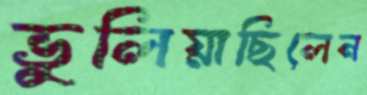
ভুলিয়াছিলেন